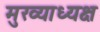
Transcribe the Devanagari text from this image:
मुख्याध्यक्ष